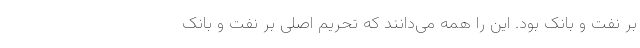
بر نفت و بانک بود. این را همه می‌دانند که تحریم اصلی بر نفت و بانک